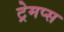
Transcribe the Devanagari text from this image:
ट्रेमप्स